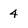
Character: 4